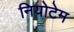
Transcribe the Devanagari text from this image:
नियोटेम